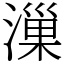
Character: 漅